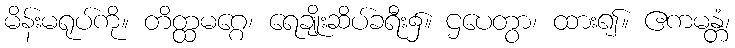
မိန်းမရုပ်ကို။ တိတ္ထမဂ္ဂေ၊ ရေချိုးဆိပ်ခရီး၌။ ဌပေတွာ၊ ထား၍။ ဧကမန္တံ၊